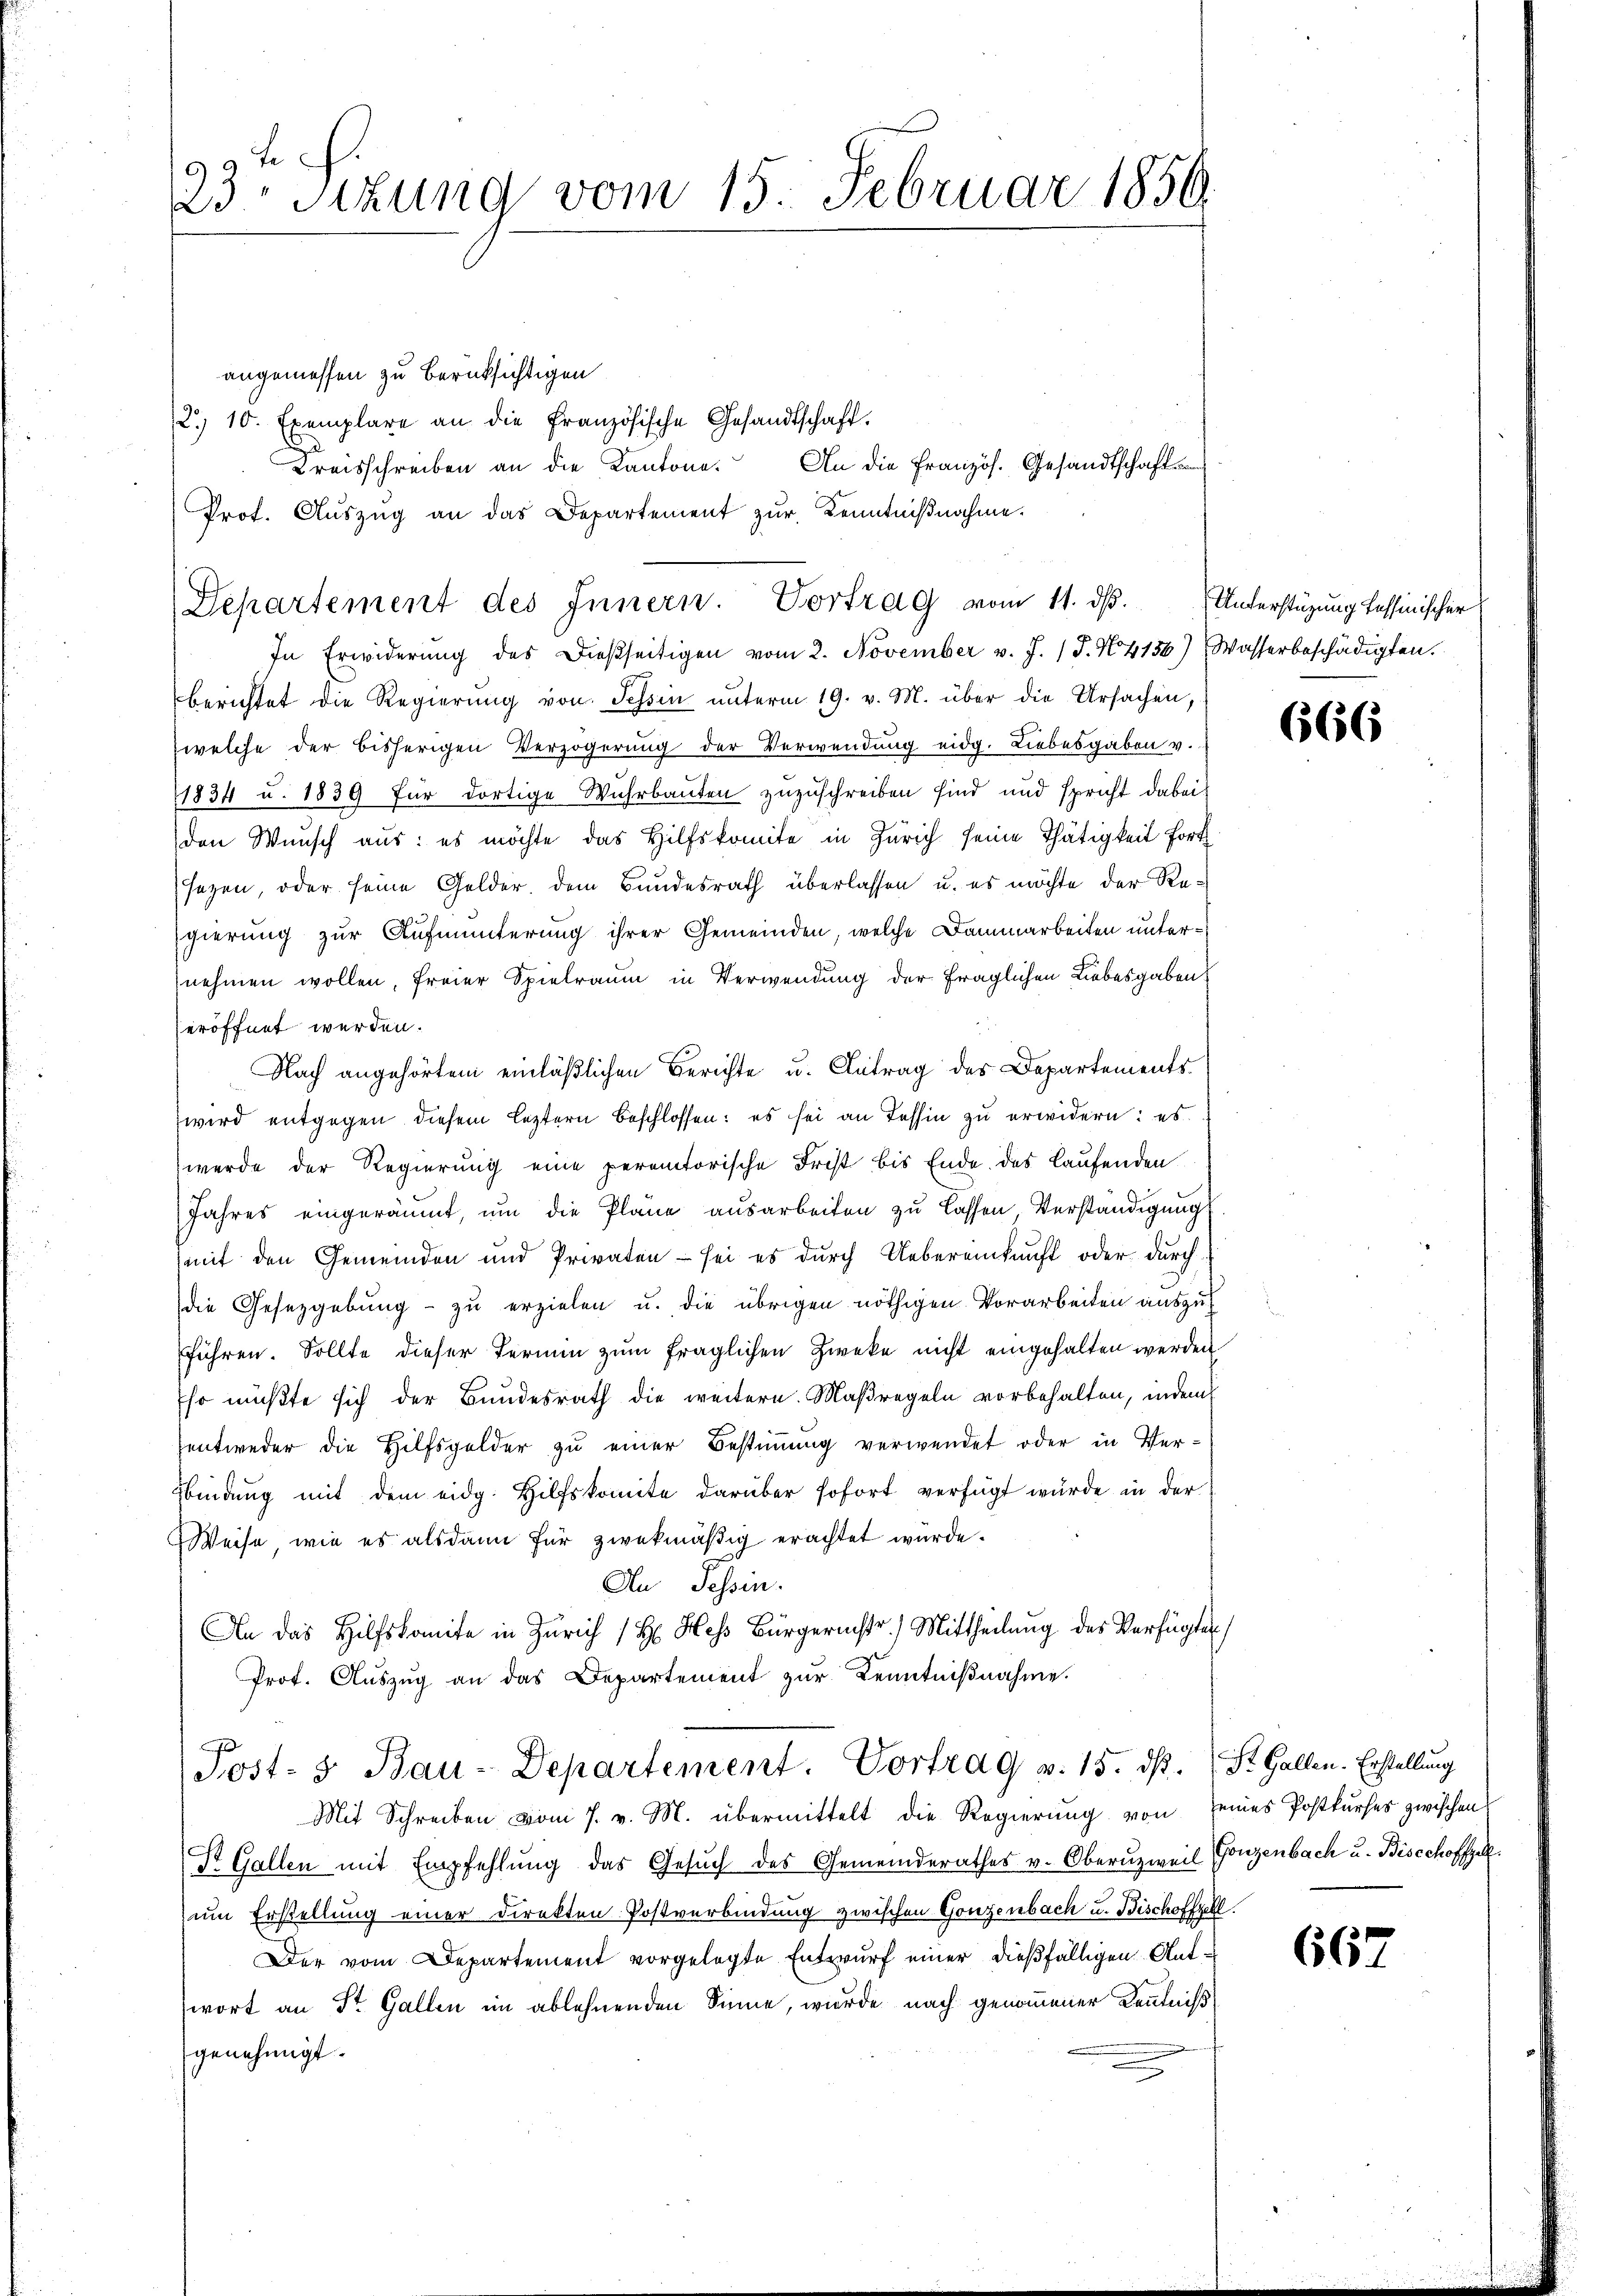
3 Te
23 Stzung vom 15. Februar 1850.

angemessen zu berücksichtigen
2. 10. Exemplare an die Französische Gesandtschaft.
Kreisschreiben an die Kantone. An die Französ. Gesandtschaft
Prof. Auszug an das Departement zur Kenntnißnahme.

Separtement des Innern. Vortrag vom 11. dβ. Unterstüzung fessinischer

In Erwiderŭng des dießseitigen vom 2. November v. J. J. N. 4136) Wasserbeschädigten.
berichtet die Regierŭng von Tessin ŭnterm 19. v. M. über die Ursachen,
welche der bisherigen Verzögerung der Verwendung eidg. Liebesgaben v.
1834 u. 1839 für dortige Wuhrbauten zuzuschreiben sind und spricht dabei
den Wunsch aus: es möchte das Hilfskomite in Zürich seine Thätigkeit fort
sezen, oder seine Gelder, dem Bundesrath überlassen u. es möchte der Regierung zur Aufmunterung ihrer Gemeinden, welche Dammarbeiten unternehmen wollen, freier Spielraum in Verwendung der fraglichen Liebesgaben
seröffnet werden.
Nach angehörten einläßlichen Berichte u. Antrag des Departements
wird entgegen diesem leztern beschlossen: es sei an Tessin zŭ erwidern: es
werde der Regierung eine peremtorische Frist bis Ende des Laufenden
Jahres eingeräumt, um die Pläne ausarbeiten zu lassen, Verständigung
(mit den Gemeinden und Privaten - sei es durch Uebereinkunft oder durch
die Gesetzgebung zu erzielen u. die übrigen nöthigen Vorarbeiten auszu-
führen. Sollte dieser Termin zum fraglichen Zweke nicht eingehalten werden
Ehr müßte sich der Bundesrath die weitere Maßregeln vorbehalten, indem
entweder die Hilfsgelder zu einer Bestimmung verwendet oder in Ver-
Bbindung mit dem eidg. Hilfskomite darüber sofort verfügt wurde in der
Weise, wie es alsdann für zwekmäßig erachtet würde.
An Tessin.
An das Hilfskomite in Zürich 1 H. Hess Bürgerinstr.) Mittheilŭng des Verfügten
Prof. Auszug an das Departement zur Kenntnißnahme.
Post- & Bau-Departement. Vortrag v. 15. dß. St. Gallen. Erstellung
Mit Schreiben vom 7. v. M. übermittelt die Regierung von seines Postkurses zwischen
Dr. Gallen mit Empfehlŭng das Gesŭch des Gemeinderathes v. Oberŭzweil
zum Erstellung einer Direkten Postverbindung zwischen Gonzenbach u. Bischoffzell.
Der vom Departement vorgelegte Entwurf einer dießfälligen Antwort an St. Gallen im ablehnenden Sinne, wurde nach genommener Kenntniß
genehmigt.

666

Gonzenbach u. Biscchoffel.

667